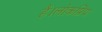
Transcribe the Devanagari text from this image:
हैं।लोकप्रिय